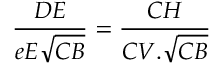
{ \frac { D E } { e E { \sqrt { C B } } } } = { \frac { C H } { C V . { \sqrt { C B } } } }